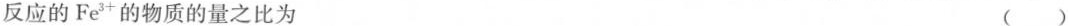
反应的Fe^{3+}物质的量之比为 ( )